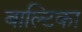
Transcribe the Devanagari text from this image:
बाल्टिका